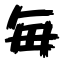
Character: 毎